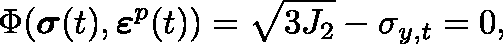
\Phi ( { \boldsymbol { \mathbf { \mathit { \sigma } } } } ( t ) , { \boldsymbol { \mathbf { \mathit { \varepsilon } } } } ^ { p } ( t ) ) = \sqrt { 3 J _ { 2 } } - \sigma _ { y , t } = 0 ,